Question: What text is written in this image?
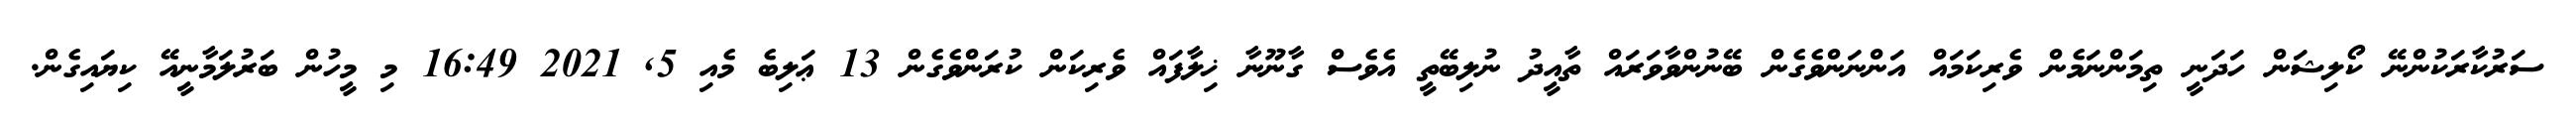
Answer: ސަރުކާރަކުންނޭ ކޯލިޝަން ހަދަނީ ތިމަންނަމެން ވެރިކަމައް އަންނަންވެގެން ބޭނުންވާވަރައް ތާއީދު ނުލިބޭތީ އެވެސް ގާނޫނާ ޚިލާފައް ވެރިކަން ކުރަންވެގެން 13 ޢަލިބެ މެއި 5, 2021 16:49 މި މީހުން ބަރުލަމާނީއޭ ކިޔައިގެން.